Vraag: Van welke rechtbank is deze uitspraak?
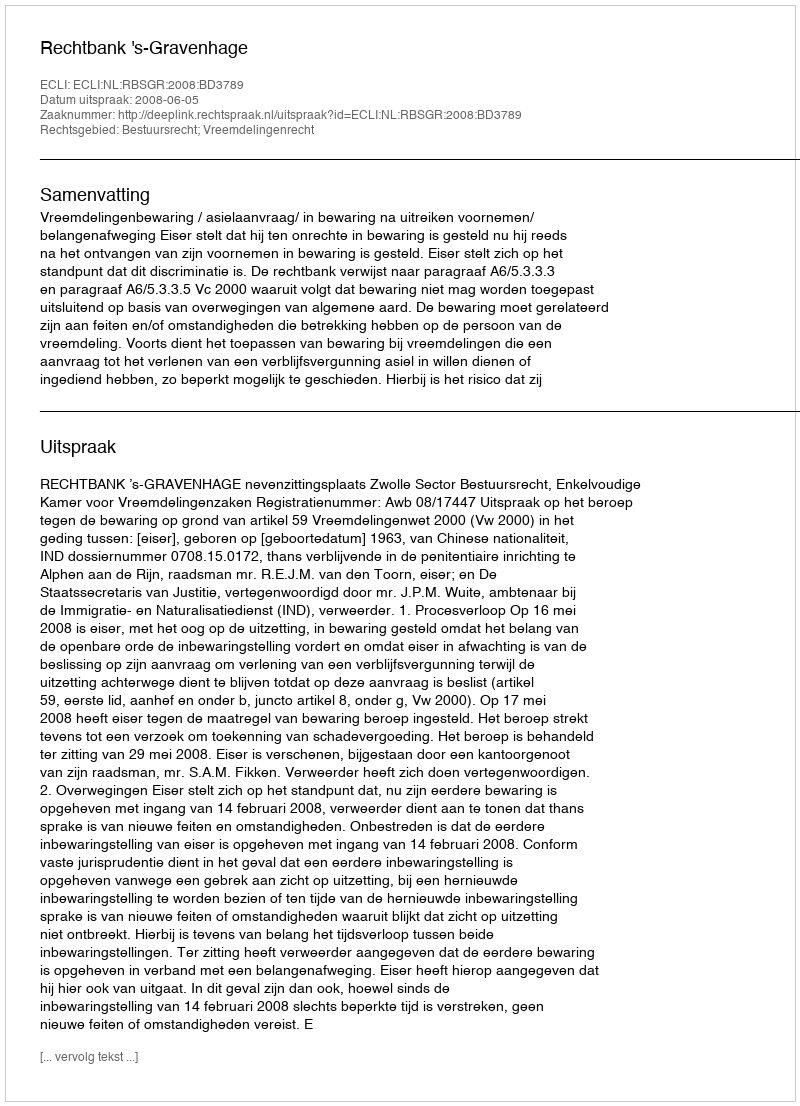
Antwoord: Rechtbank 's-Gravenhage